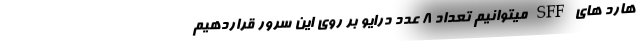
هارد های SFF میتوانیم تعداد ۸ عدد درایو بر روی این سرور قراردهیم